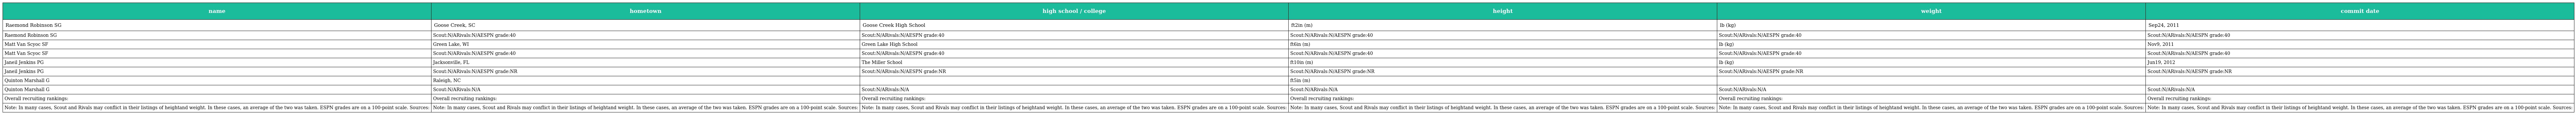
| name | hometown | high school / college | height | weight | commit date |
 | --- | --- | --- | --- | --- | --- |
 | Raemond Robinson SG | Goose Creek, SC | Goose Creek High School | ft2in (m) | lb (kg) | Sep24, 2011 |
 | Raemond Robinson SG | Scout:N/ARivals:N/AESPN grade:40 | Scout:N/ARivals:N/AESPN grade:40 | Scout:N/ARivals:N/AESPN grade:40 | Scout:N/ARivals:N/AESPN grade:40 | Scout:N/ARivals:N/AESPN grade:40 |
 | Matt Van Scyoc SF | Green Lake, WI | Green Lake High School | ft6in (m) | lb (kg) | Nov9, 2011 |
 | Matt Van Scyoc SF | Scout:N/ARivals:N/AESPN grade:40 | Scout:N/ARivals:N/AESPN grade:40 | Scout:N/ARivals:N/AESPN grade:40 | Scout:N/ARivals:N/AESPN grade:40 | Scout:N/ARivals:N/AESPN grade:40 |
 | Janeil Jenkins PG | Jacksonville, FL | The Miller School | ft10in (m) | lb (kg) | Jun19, 2012 |
 | Janeil Jenkins PG | Scout:N/ARivals:N/AESPN grade:NR | Scout:N/ARivals:N/AESPN grade:NR | Scout:N/ARivals:N/AESPN grade:NR | Scout:N/ARivals:N/AESPN grade:NR | Scout:N/ARivals:N/AESPN grade:NR |
 | Quinton Marshall G | Raleigh, NC |  | ft5in (m) |  |  |
 | Quinton Marshall G | Scout:N/ARivals:N/A | Scout:N/ARivals:N/A | Scout:N/ARivals:N/A | Scout:N/ARivals:N/A | Scout:N/ARivals:N/A |
 | Overall recruiting rankings: | Overall recruiting rankings: | Overall recruiting rankings: | Overall recruiting rankings: | Overall recruiting rankings: | Overall recruiting rankings: |
 | Note: In many cases, Scout and Rivals may conflict in their listings of heightand weight. In these cases, an average of the two was taken. ESPN grades are on a 100-point scale. Sources: | Note: In many cases, Scout and Rivals may conflict in their listings of heightand weight. In these cases, an average of the two was taken. ESPN grades are on a 100-point scale. Sources: | Note: In many cases, Scout and Rivals may conflict in their listings of heightand weight. In these cases, an average of the two was taken. ESPN grades are on a 100-point scale. Sources: | Note: In many cases, Scout and Rivals may conflict in their listings of heightand weight. In these cases, an average of the two was taken. ESPN grades are on a 100-point scale. Sources: | Note: In many cases, Scout and Rivals may conflict in their listings of heightand weight. In these cases, an average of the two was taken. ESPN grades are on a 100-point scale. Sources: | Note: In many cases, Scout and Rivals may conflict in their listings of heightand weight. In these cases, an average of the two was taken. ESPN grades are on a 100-point scale. Sources: |